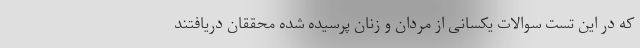
که در این تست سوالات یکسانی از مردان و زنان پرسیده شده محققان دریافتند